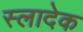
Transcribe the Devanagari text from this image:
स्लादेक